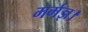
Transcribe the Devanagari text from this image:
मर्मज्ञ।